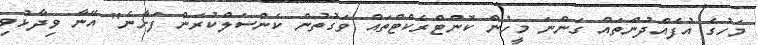
މަހުގެ އުފެއްދުންތައް ގަންނަ މީހުން ކޮންޓްރެކްޓްތައް ވަގުތުން ކެންސަލްކުރަން ފަށާނެ" އޭނާ ވިދާޅުވި